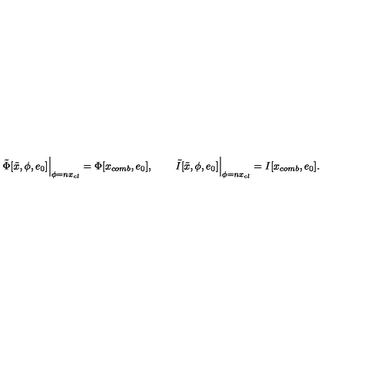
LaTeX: \left. \tilde { \Phi } [ \tilde { x } , \phi , e _ { 0 } ] \right| _ { \phi = n x _ { c l } } = \Phi [ x _ { c o m b } , e _ { 0 } ] , \qquad \left. \tilde { I } [ \tilde { x } , \phi , e _ { 0 } ] \right| _ { \phi = n x _ { c l } } = I [ x _ { c o m b } , e _ { 0 } ] .